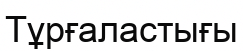
Тұрғаластығы